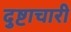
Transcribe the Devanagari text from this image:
दुष्टाचारी